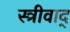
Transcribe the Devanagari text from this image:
स्त्रीवाद्